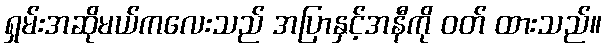
ရှမ်းအဆိုမယ်ကလေးသည် အပြာနှင့်အနီကို ဝတ် ထားသည်။